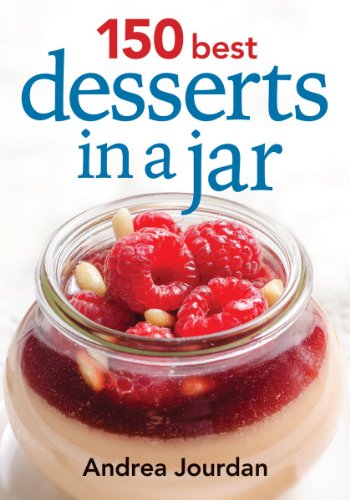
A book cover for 150 Best Desserts in a Jar; Andrea Jourdan; Cookbooks, Food & Wine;